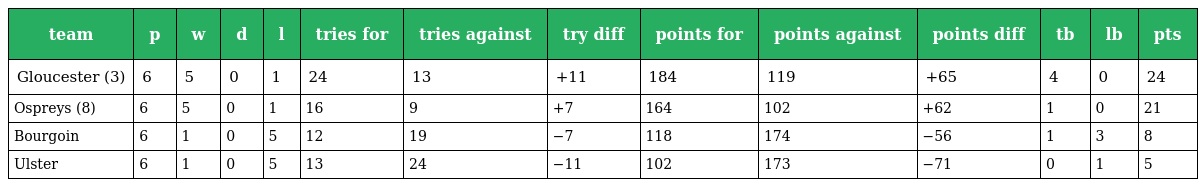
| team | p | w | d | l | tries for | tries against | try diff | points for | points against | points diff | tb | lb | pts |
 | --- | --- | --- | --- | --- | --- | --- | --- | --- | --- | --- | --- | --- | --- |
 | Gloucester (3) | 6 | 5 | 0 | 1 | 24 | 13 | +11 | 184 | 119 | +65 | 4 | 0 | 24 |
 | Ospreys (8) | 6 | 5 | 0 | 1 | 16 | 9 | +7 | 164 | 102 | +62 | 1 | 0 | 21 |
 | Bourgoin | 6 | 1 | 0 | 5 | 12 | 19 | −7 | 118 | 174 | −56 | 1 | 3 | 8 |
 | Ulster | 6 | 1 | 0 | 5 | 13 | 24 | −11 | 102 | 173 | −71 | 0 | 1 | 5 |